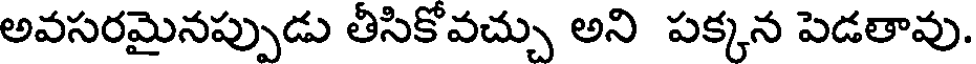
అవసరమైనప్పుడు తీసికోవచ్చు అని పక్కన పెడతావు.